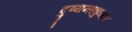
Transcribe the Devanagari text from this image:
दुष्यन्तकुमार